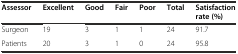
| Assessor | Excellent | Good | Fair | Poor | Total | Satisfaction rate (%) |
 | --- | --- | --- | --- | --- | --- | --- |
 | Surgeon | 19 | 3 | 1 | 1 | 24 | 91.7 |
 | Patients | 20 | 3 | 1 | 0 | 24 | 95.8 |